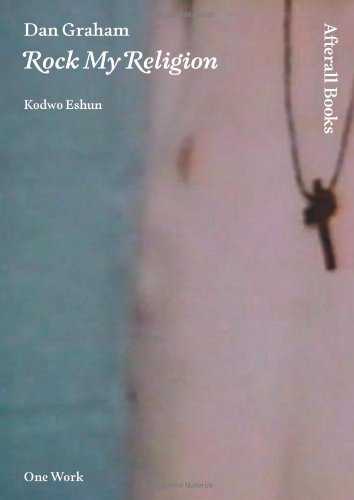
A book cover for Dan Graham: Rock My Religion (AFTERALL); Kodwo Eshun; Arts & Photography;